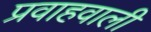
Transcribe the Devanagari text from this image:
प्रवाहवाली